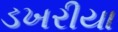
ડખરીયા